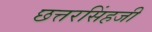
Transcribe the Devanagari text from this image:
छत्तरसिंहजी